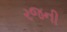
રજની